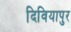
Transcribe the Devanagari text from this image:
दिवियापुर